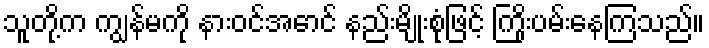
သူတို့က ကျွန်မကို နားဝင်အောင် နည်းမျိုးစုံဖြင့် ကြိုးပမ်းနေကြသည်။